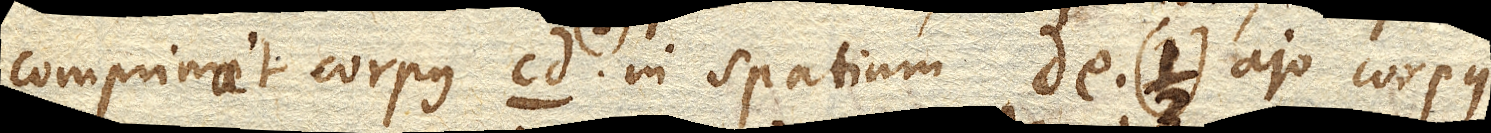
comprimat corpus cd. (2) in spatium de. ajo corpus